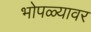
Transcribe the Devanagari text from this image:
भोपळ्यावर